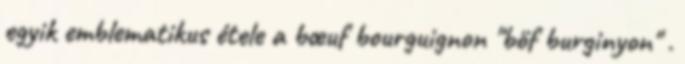
egyik emblematikus étele a bœuf bourguignon "böf burginyon" .